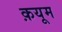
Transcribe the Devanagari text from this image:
क़यूम